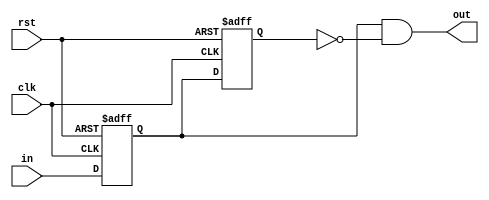
module red(input clk, input rst, input in, output out);

reg ff1_next, ff1_reg;
reg ff2_next, ff2_reg;

assign out = ff1_reg & ~ff2_reg;

always @(posedge clk, negedge rst) begin
	if(!rst) begin
		ff1_reg <= 1'b0;
		ff2_reg <= 1'b0;
	end
	else begin
		ff1_reg <= ff1_next;
		ff2_reg <= ff2_next;
	end
end

always @(*) begin
	ff1_next = in;
	ff2_next = ff1_reg;
end


endmodule